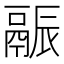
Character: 𬴶